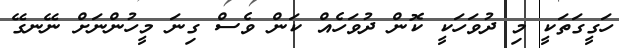
ހަގީގަތަކީ މި ދުވަހަކީ ކޮން ދުވަހެއް ކަން ވެސް ގިނަ މީހުންނަށް ނޭނގޭ